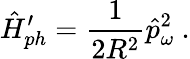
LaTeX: \hat{H}_{ph}^{\prime}=\frac{1}{2R^{2}}\hat{p}_{\omega}^{2}\ .